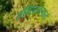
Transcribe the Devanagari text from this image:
संक्षिप्तरुपात